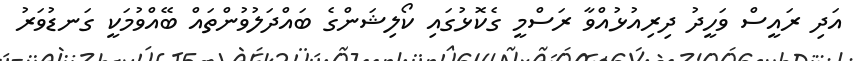
އަދި ރައީސް ވަހީދު ދިރިއުޅުއްވާ ރަސްމީ ގެކޮޅުގައި ކޯލިޝަންގެ ބައްދަލުވުންތައް ބޭއްވުމަކީ ގަނޑުވަރު